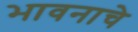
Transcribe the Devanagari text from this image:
भावनाचे